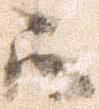
所